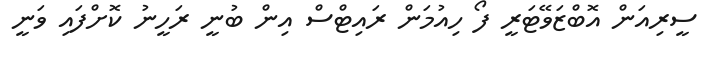
ސީރިއަން އޮބްޒަވޭޓަރީ ފޯ ހިއުމަން ރައިޓްސް އިން ބުނީ ރަހީނު ކޮށްފައި ވަނީ